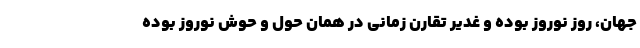
جهان، روز نوروز بوده و غدیر تقارن زمانی در همان حول و حوش نوروز بوده